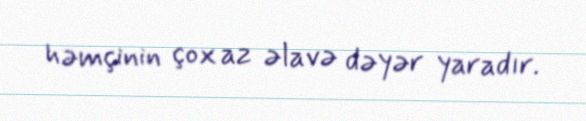
həmçinin çox az əlavə dəyər yaradır.